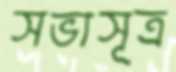
সভাসূত্র